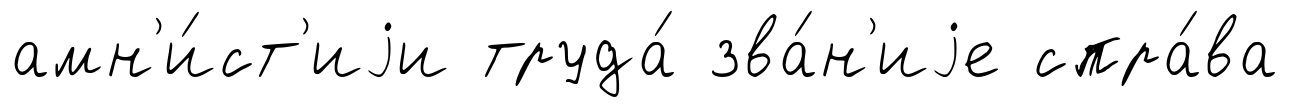
амн'и́ст'иjи труда́ зва́н'иjе спра́ва